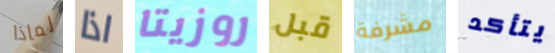
لماذا اذا روزيتا قبل مشرفة يتأكد